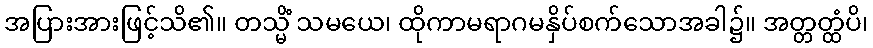
အပြားအားဖြင့်သိ၏။ တသ္မိံ သမယေ၊ ထိုကာမရာဂမနှိပ်စက်သောအခါ၌။ အတ္တတ္ထံပိ၊